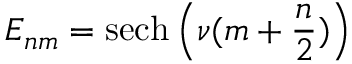
E _ { n m } = \mathrm { s e c h } \left( \nu ( m + \frac { n } { 2 } ) \right)